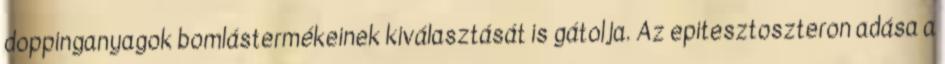
doppinganyagok bomlástermékeinek kiválasztását is gátolja. Az epitesztoszteron adása a